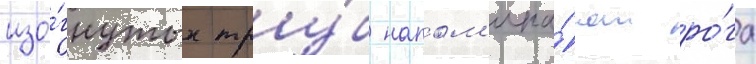
изо́гнутых тру́б напом'ина́ют ро́га